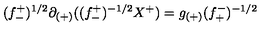
( f _ { - } ^ { + } ) ^ { 1 / 2 } \partial _ { ( + ) } ( ( f _ { - } ^ { + } ) ^ { - 1 / 2 } X ^ { + } ) = g _ { ( + ) } ( f _ { + } ^ { - } ) ^ { - 1 / 2 }